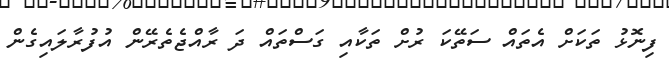
ފިނޮޅު ތަކަށް އެތައް ސަތޭކަ ރުށް ތަކާއި ގަސްތައް ދަ ރާއްޖެތެރޭން އުފުރާލައިގެން